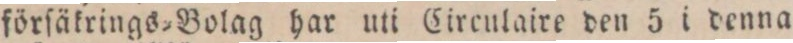
förſäkrings=Bolag har uti Circulaire den 5 i denna